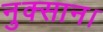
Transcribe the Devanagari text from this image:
नुक्सान।